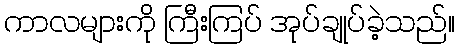
ကာလများကို ကြီးကြပ် အုပ်ချုပ်ခဲ့သည်။